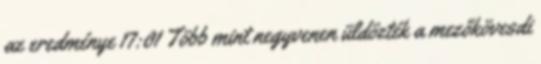
az eredménye 17:01 Több mint negyvenen üldözték a mezőkövesdi